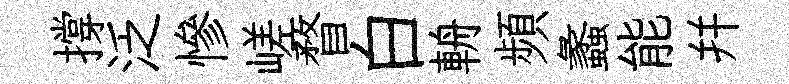
撐泛慘嵯瞀白輈頻蠡能幷